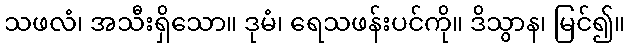
သဖလံ၊ အသီးရှိသော။ ဒုမံ၊ ရေသဖန်းပင်ကို။ ဒိသွာန၊ မြင်၍။